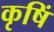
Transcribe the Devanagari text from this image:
कृषिं